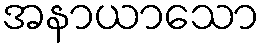
အနာယာသော